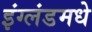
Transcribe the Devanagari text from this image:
इंग्लंडमधे